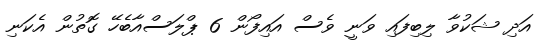
އަދި ޝަކުވާ ލިބިފައި ވަނީ ވެސް އައިފޯން 6 ޕްލަސްއާބެހޭ ގޮތުން އެކަނި